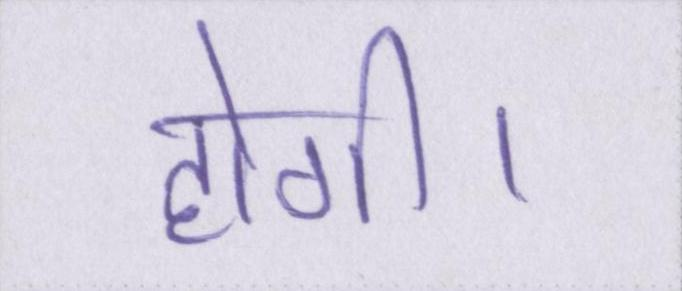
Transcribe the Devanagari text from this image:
होगी।